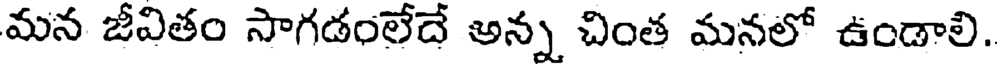
మన జీవితం సాగడంలేదే అన్న చింత మనలో ఉండాలి.